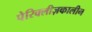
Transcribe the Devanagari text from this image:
पेरिक्लीज़कालीन